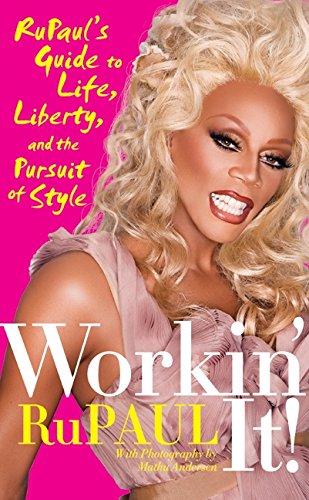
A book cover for Workin' It!: RuPaul's Guide to Life, Liberty, and the Pursuit of Style; RuPaul; Health, Fitness & Dieting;